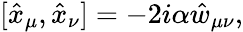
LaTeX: [\hat{x}_{\mu},\hat{x}_{\nu}]=-2i\alpha\hat{w}_{\mu\nu},